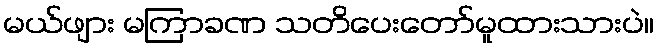
မယ်ဖျား မကြာခဏ သတိပေးတော်မူထားသားပဲ။